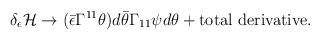
LaTeX: \begin{align*}\delta_\epsilon {\cal H} \rightarrow (\bar\epsilon \Gamma^{11} \theta) d\bar\theta \Gamma_{11} \psi d \theta + {\rm total\,\, derivative}.\end{align*}